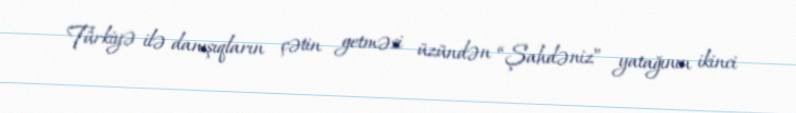
Türkiyə ilə danışıqların çətin getməsi üzündən “Şahdəniz” yatağının ikinci